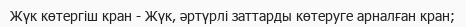
Жүк көтергіш кран - Жүк, әртүрлі заттарды көтеруге арналған кран;